Leaving Certificate Examination, 1912
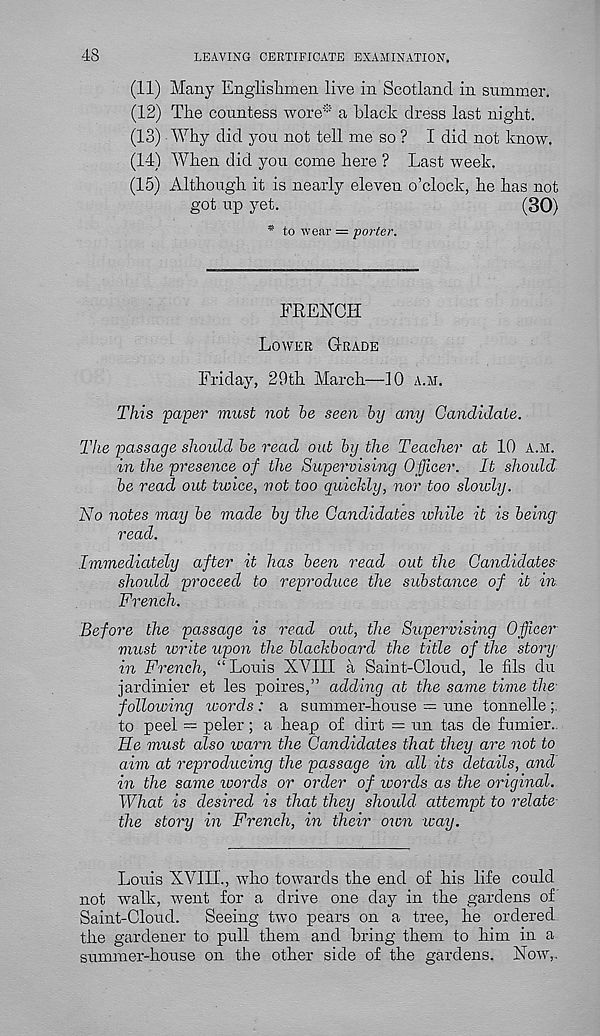
48
LEAVING CERTIFICATE EXAMINATION.
(11) Many Englishmen live in Scotland in summer.
(12) The countess wore* a black dress last night.
(13) Why did you not tell me so ? I did not know.
(14) When did you come here ? Last week.
(15) Although it is nearly eleven o’clock, he has not
got up yet.
(30)
* to wear = porter.
FRENCH
Lower Grade
Friday, 29th March—10 a.m.
This 'paper must not he seen hy any Candidate.
The passage should he read out hy the Teacher at 10 a.m.
in the presence of the Supervising Officer. It should
he read out twice, not too quickly, nor too slowly.
No notes may he made hy the Candidates while it is being-
read.
Immediately after it has been read out the Candidates
should proceed to reproduce the substance of it in-
French.
Before the passage is read out, the Supervising 0ffice7’
must write upon the blackboard the title of the story
in French, “ Louis XVIII a Saint-Cloud, le fils du
jardinier et les poires,” adding at the same time the
following words : a summer-house = nne tonnelle
to peel — peler; a heap of dirt = nn tas de fumier..
He must also warn the Candidates that they are not to
aim at reproducing the passage in all its details, and
in the same ivords or order of words as the original.
What is desired is that they should attempt to relate-
the story in French, in their own way.
Louis XVIII., who towards the end of his life could
not walk, went for a drive one day in the gardens of
Saint-Cloud.
Seeing two pears on a tree, he ordered
the gardener to pull them and bring them to him in a
summer-house on the other side of the gardens. Now,.